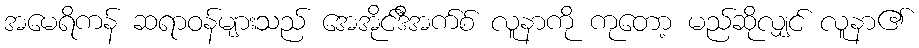
အမေရိကန် ဆရာဝန်များသည် အေအိုင်ဒီအက်စ် လူနာကို ကုတော့ မည်ဆိုလျှင် လူနာ၏